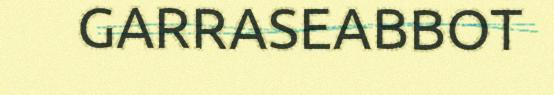
GARRASEABBOT